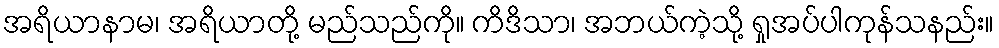
အရိယာနာမ၊ အရိယာတို့ မည်သည်ကို။ ကိဒိသာ၊ အဘယ်ကဲ့သို့ ရှုအပ်ပါကုန်သနည်း။